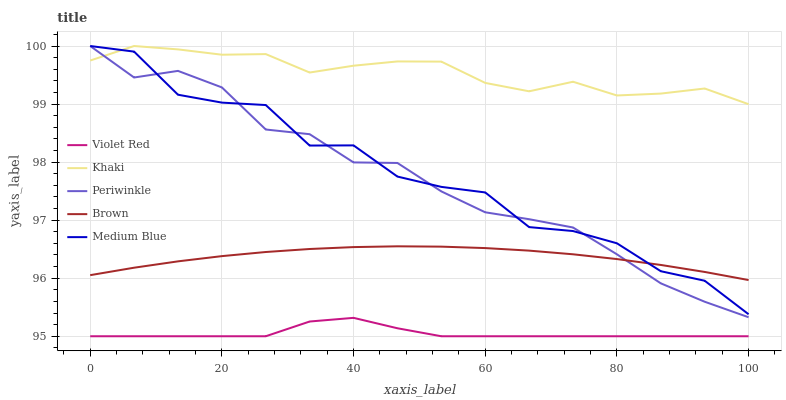
| xaxis_label | Violet Red | Khaki | Periwinkle | Brown | Medium Blue |
 | --- | --- | --- | --- | --- | --- |
 | 0 | 95 | 99.8 | 100 | 96.1 | 100 |
 | 6.67 | 95 | 100 | 99.5 | 96.2 | 99.9 |
 | 13.3 | 95 | 99.9 | 99.6 | 96.3 | 99.2 |
 | 20 | 95 | 99.9 | 99.3 | 96.4 | 99 |
 | 26.7 | 95 | 99.9 | 98.6 | 96.5 | 99 |
 | 33.3 | 95.3 | 99.5 | 98.5 | 96.5 | 98.3 |
 | 40 | 95.3 | 99.7 | 98 | 96.5 | 98.3 |
 | 46.7 | 95.1 | 99.7 | 98 | 96.5 | 97.8 |
 | 53.3 | 95 | 99.7 | 97.5 | 96.5 | 97.6 |
 | 60 | 95 | 99.4 | 97.1 | 96.5 | 97.5 |
 | 66.7 | 95 | 99.2 | 97 | 96.5 | 96.9 |
 | 73.3 | 95 | 99.4 | 96.9 | 96.4 | 96.8 |
 | 80 | 95 | 99.1 | 96.4 | 96.3 | 96.6 |
 | 86.7 | 95 | 99.2 | 95.9 | 96.2 | 96.1 |
 | 93.3 | 95 | 99.3 | 95.6 | 96.1 | 96 |
 | 100 | 95 | 99 | 95.3 | 96 | 95.4 |